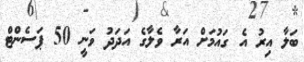
ބަލާ އިރު އެ ގައުމަށް އަރާ ވެލާގެ އަދަދު ވަނީ 50 ޕަސެންޓް